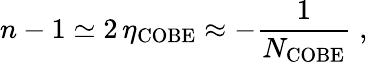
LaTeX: n-1\simeq 2\, \eta_{\mathrm{COBE}}\approx-\frac{1}{N_{\mathrm{COBE}}}\; ,